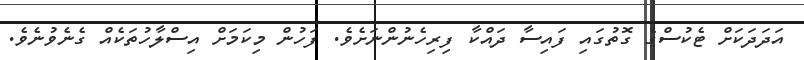
އަދަދަކަށް ޓެކުސްގެ ގޮތުގައި ފައިސާ ދައްކާ ފިރިހެނުންނަށެވެ. ފަހުން މިކަމަށް އިސްލާހުތަކެއް ގެނެވުނެވެ.